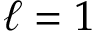
\ell = 1